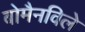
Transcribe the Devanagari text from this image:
बोमैनविले